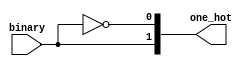
module bin_to_1h #
    (
        parameter OUTPUT_WIDTH = 2,
        parameter INPUT_WIDTH = $clog2(OUTPUT_WIDTH)
    )
    (
        input [INPUT_WIDTH-1:0] binary,
        output [OUTPUT_WIDTH-1:0] one_hot
    );
    genvar i;
    for (i = 0; i < OUTPUT_WIDTH; i = i + 1) begin
        assign one_hot[i] = binary == i;
    end
endmodule